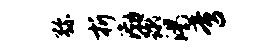
弥折渤蹴渴啻